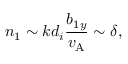
n _ { 1 } \sim k d _ { i } \frac { b _ { 1 y } } { v _ { \mathrm { A } } } \sim \delta ,